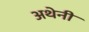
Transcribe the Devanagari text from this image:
अथेनी